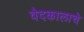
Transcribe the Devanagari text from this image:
वेदकालाचे